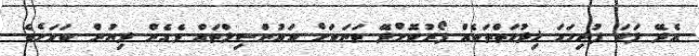
އެދޭ ފަދަ ފުރިހަމަ ޚިދުމަތްތަކެއް ފޯރުކޮށްދޭ ތަނަކަށް ކައުންސިލްތައް ވެގެން ދިޔުން ކަމަށެވެ.